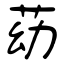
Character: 苭